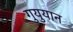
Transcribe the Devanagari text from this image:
गुयुयान